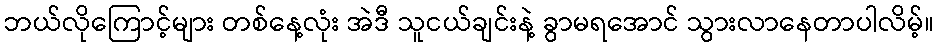
ဘယ်လိုကြောင့်များ တစ်နေ့လုံး အဲဒီ သူငယ်ချင်းနဲ့ ခွာမရအောင် သွားလာနေတာပါလိမ့်။